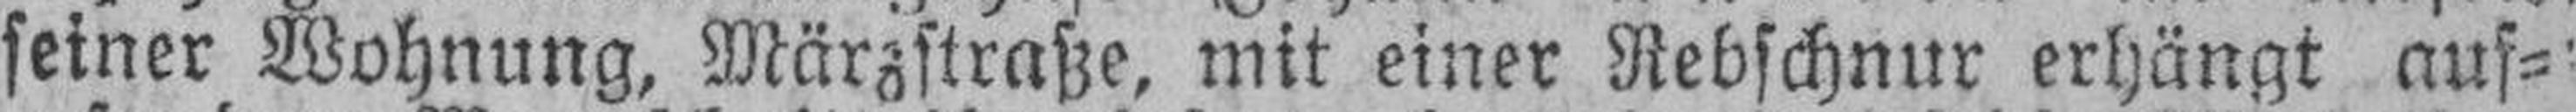
seiner Wohnung, Märzstraße, mit einer Rebschnur erhängt auf¬